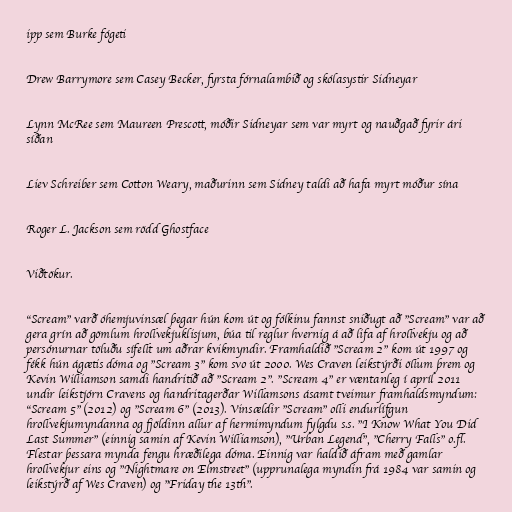
ipp sem Burke fógeti

Drew Barrymore sem Casey Becker, fyrsta fórnalambið og skólasystir Sidneyar

Lynn McRee sem Maureen Prescott, móðir Sidneyar sem var myrt og nauðgað fyrir ári
síðan

Liev Schreiber sem Cotton Weary, maðurinn sem Sidney taldi að hafa myrt móður sína

Roger L. Jackson sem rödd Ghostface

Viðtökur.

"Scream" varð óhemjuvinsæl þegar hún kom út og fólkinu fannst sniðugt að "Scream" var að
gera grín að gömlum hrollvekjuklisjum, búa til reglur hvernig á að lifa af hrollvekju og að
persónurnar töluðu sífellt um aðrar kvikmyndir. Framhaldið "Scream 2" kom út 1997 og
fékk hún ágætis dóma og "Scream 3" kom svo út 2000. Wes Craven leikstýrði öllum þrem og
Kevin Williamson samdi handritið að "Scream 2". "Scream 4" er væntanleg í apríl 2011
undir leikstjórn Cravens og handritagerðar Willamsons ásamt tveimur framhaldsmyndum:
"Scream 5" (2012) og "Scream 6" (2013). Vinsældir "Scream" olli endurlífgun
hrollvekjumyndanna og fjöldinn allur af hermimyndum fylgdu s.s. "I Know What You Did
Last Summer" (einnig samin af Kevin Williamson), "Urban Legend", "Cherry Falls" o.fl.
Flestar þessara mynda fengu hræðilega dóma. Einnig var haldið áfram með gamlar
hrollvekjur eins og "Nightmare on Elmstreet" (upprunalega myndin frá 1984 var samin og
leikstýrð af Wes Craven) og "Friday the 13th".